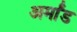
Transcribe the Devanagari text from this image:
अर्मांड